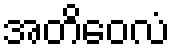
အတိဝေလံ